Lunatic asylums Punjab 1895-1910 - 1895-1910
Year: 1895
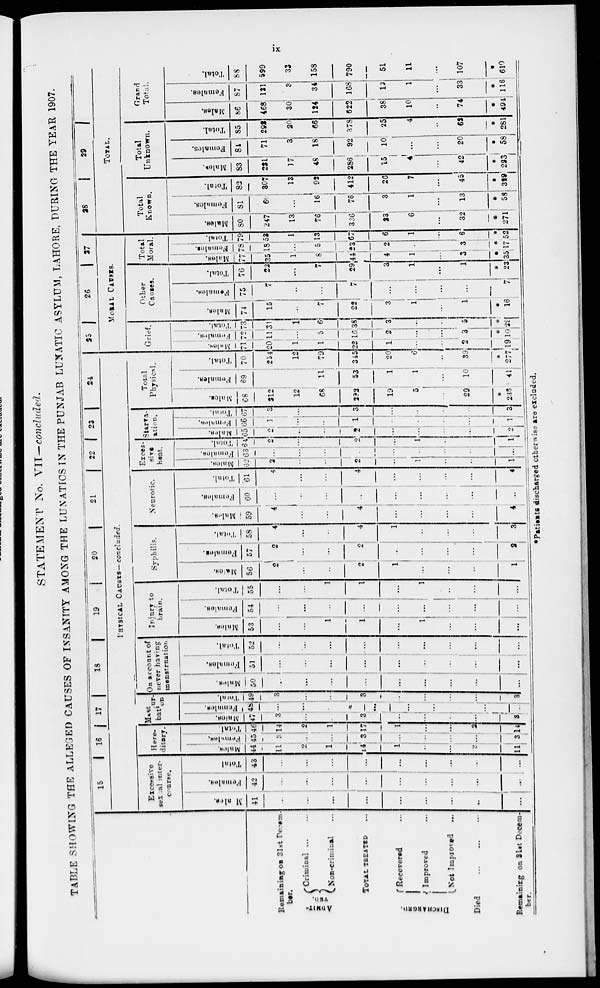
ix
STATEMENT No. VII—concluded.
TABLE SHOWING THE ALLEGED CAUSES OF INSANITY AMONG THE LUNATICS IN THE PUNJAB LUNATIC ASYLUM, LAHORE, DURING THE YEAR 1907.
Remaining on 31st Decem-
ber.
ADMIT-
TED.
Criminal ... ...
Non-criminal ...
TOTAL TREATED ...
DISCHARGED.
Recovered ...
Improved ...
Not Improved ...
Died
...
...
...
Remaining on 31st Decem-
ber.
15
16 17
18
19
20
21
22 23
24
PHYSICAL CAUSES—concluded.
Excessive
sexual inter-
course.
Males.
41
...
...
...
...
...
...
...
...
...
Females.
42
...
...
...
...
...
...
...
...
...
Total.
43
...
...
...
...
...
...
...
...
...
Here-
ditary.
Males.
44
11
2
1
14
1
...
...
2
11
Females.
45
3
...
...
3
...
...
...
...
3
Total.
46
14
2
1
17
1
...
...
2
14
Mastur-
bation.
Males.
47
3
...
...
3
...
...
...
...
3
Females.
48
...
...
...
...
...
...
...
...
...
Total.
49
3
...
...
3
...
...
...
...
3
On account of
never having
menstruation
Males.
50
...
...
...
...
...
...
...
...
...
Females.
51
...
...
...
...
...
...
...
...
...
Total.
52
...
...
...
...
...
...
...
...
...
Injury to
brain.
Males.
53
...
...
1
1
...
1
...
...
...
Females.
54
...
...
...
...
...
...
...
...
...
Total.
55
...
...
1
1
...
1
...
...
...
Syphilis.
Males.
56
2
...
...
2
1
...
...
...
1
Females.
57
2
...
...
2
...
...
...
...
2
Total.
58
4
...
...
4
1
...
...
...
3
Neurotic.
Males.
59
4
...
...
4
...
...
...
...
4
Females.
60
...
...
...
...
...
...
...
...
...
Total.
61
4
...
...
4
...
...
...
...
4
Exces-
sive
heat.
Males.
62
2
...
...
2
...
1
...
...
1
Females.
63
...
...
...
...
...
...
...
...
...
Total.
64
2
...
...
2
...
1
...
...
1
Starva-
ation.
Males.
65
2
...
...
2
...
...
...
...
2
Females.
66
1
...
...
1
...
...
...
...
1
Total.
67
3
...
...
3
...
...
...
...
3
Total
Physical.
Males.
68
212
12
68
292
19
5
...
29
*
235
Females.
69
42
...
11
53
1
1
...
10
41
Total.
70
254
12
79
345
20
6
...
39
*
277
25
26
27
MORAL CAUSES.
Grief.
Males.
71
20
1
1
22
1
...
...
2
19
Females.
72
11
...
5
16
2
...
...
3
*
10
Total.
73
31
1
6
38
3
...
...
5
*
29
Other
Causes.
Males.
74
15
...
7
22
3
1
...
1
*
16
Females.
75
7
...
...
7
...
...
...
...
7
Total.
76
22
...
7
29
3
1
...
1
*
23
Total
Moral.
Males.
77
35
1
8
44
4
1
...
3
*
35
Females.
78
18
...
5
23
2
...
...
3
*
17
Total.
79
53
1
13
67
6
1
...
6
*
52
28
29
TOTAL.
Total
Known.
Males.
80
247
13
76
336
23
6
...
32
*
271
Females.
81
60
...
16
76
3
1
...
13
*
58
Total.
82
307
13
92
412
26
7
...
45
*
329
Total
Unknown.
Males.
83
221
17
48
286
15
4
...
42
*
223
Females.
84
71
3
18
92
10
...
...
20
*
58
Total.
85
292
20
66
378
25
4
...
62
*
281
Grand
Total.
Males.
86
468
30
124
622
38
10
...
74
*
494
Females.
87
131
3
34
168
13
1
...
33
*
116
Total.
88
599
33
158
790
51
11
...
107
*
610
*Patients discharged otherwise are excluded.